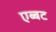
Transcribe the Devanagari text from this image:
एब्बट